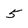
Character: 5